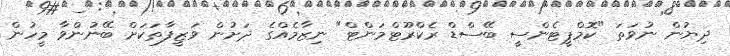
ދިޔުން ނުވަތަ "ކޮމްޕީޓެންސީ ބޭސްޑް ރެކްރޫޓްމަންޓް" ނިޒާމެއްގެ ދަށުން ވަޒީފާތަކަށް ބޭނުންވާ މީހުން